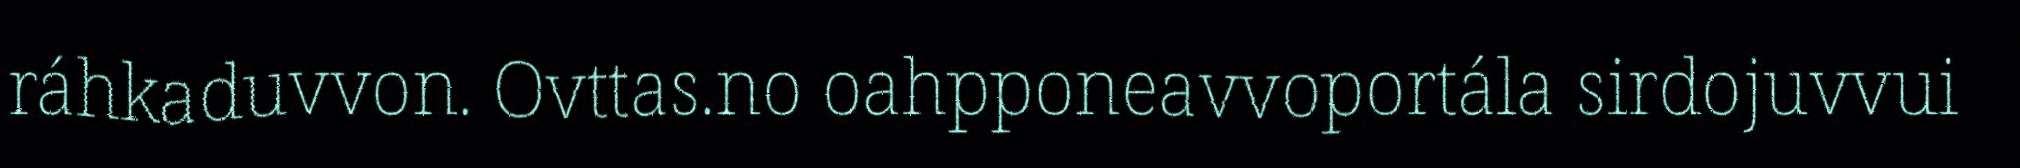
ráhkaduvvon. Ovttas.no oahpponeavvoportála sirdojuvvui